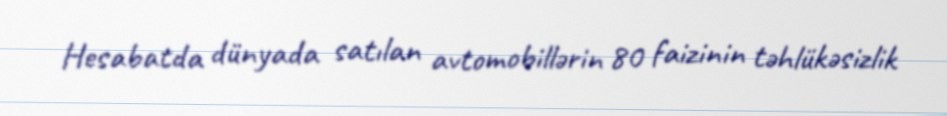
Hesabatda dünyada satılan avtomobillərin 80 faizinin təhlükəsizlik